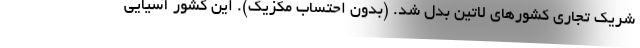
شریک تجاری کشورهای لاتین بدل شد. (بدون احتساب مکزیک). این کشور آسیایی